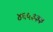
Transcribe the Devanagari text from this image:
४६५३३३